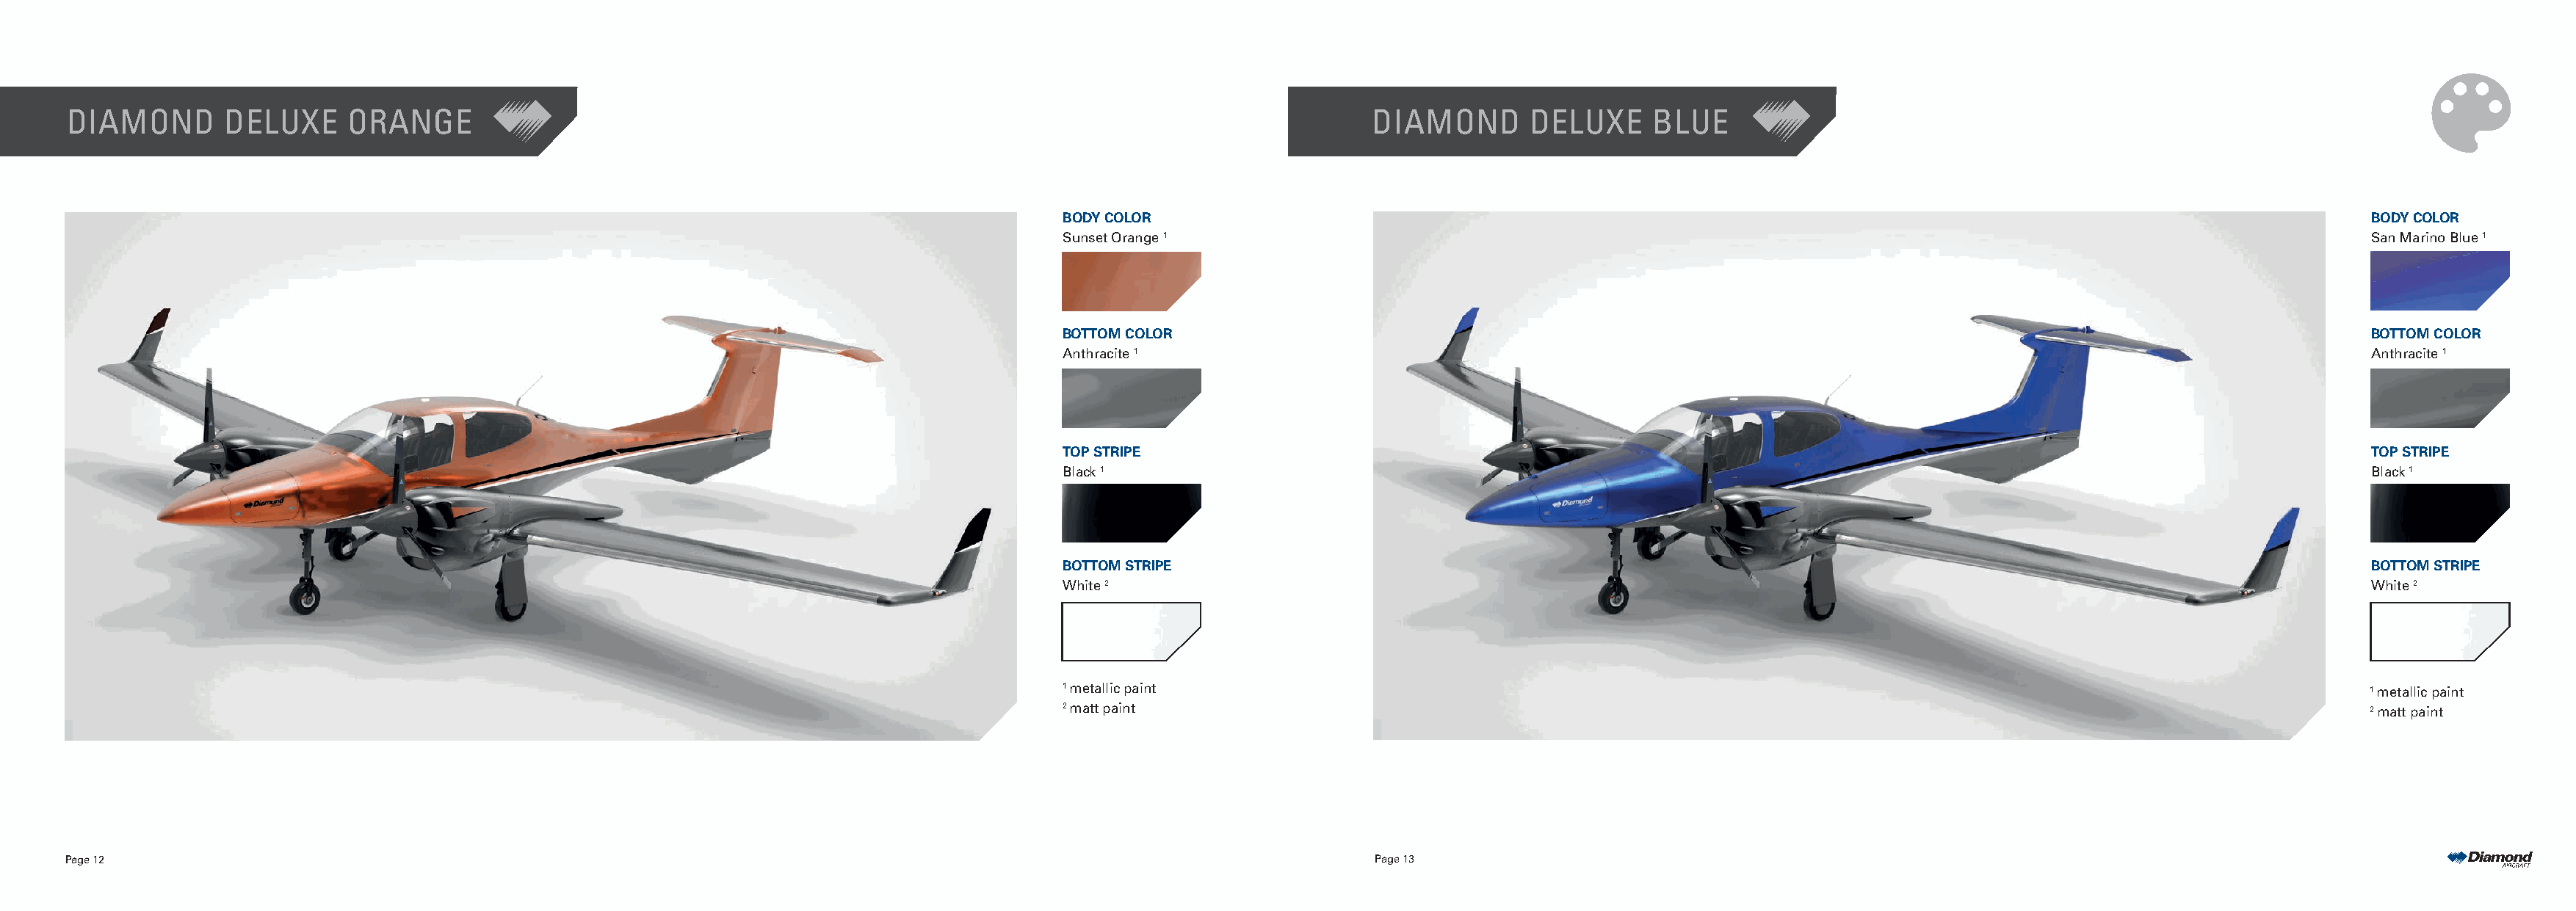
DIAMOND       DELUXE     ORANGE                                                                                       DIAMOND       DELUXE     BLUE
 BODY COLOR                                                                                                            BODY COLOR
 Sunset Orange 1                                                                                                       San Marino Blue 1
 BOTTOM COLOR                                                                                                          BOTTOM COLOR
 Anthracite 1                                                                                                          Anthracite 1
 TOP STRIPE                                                                                                            TOP STRIPE
 Black 1                                                                                                               Black 1
 BOTTOM STRIPE                                                                                                         BOTTOM STRIPE
 White 2                                                                                                               White 2
 1 metallic paint                                                                                                      1 metallic paint
 2 matt paint                                                                                                          2 matt paint
 Page 12                                                                                                               Page 13